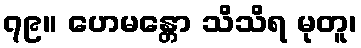
၇၉။ ဟေမန္တော သိသိရ မုတူ၊